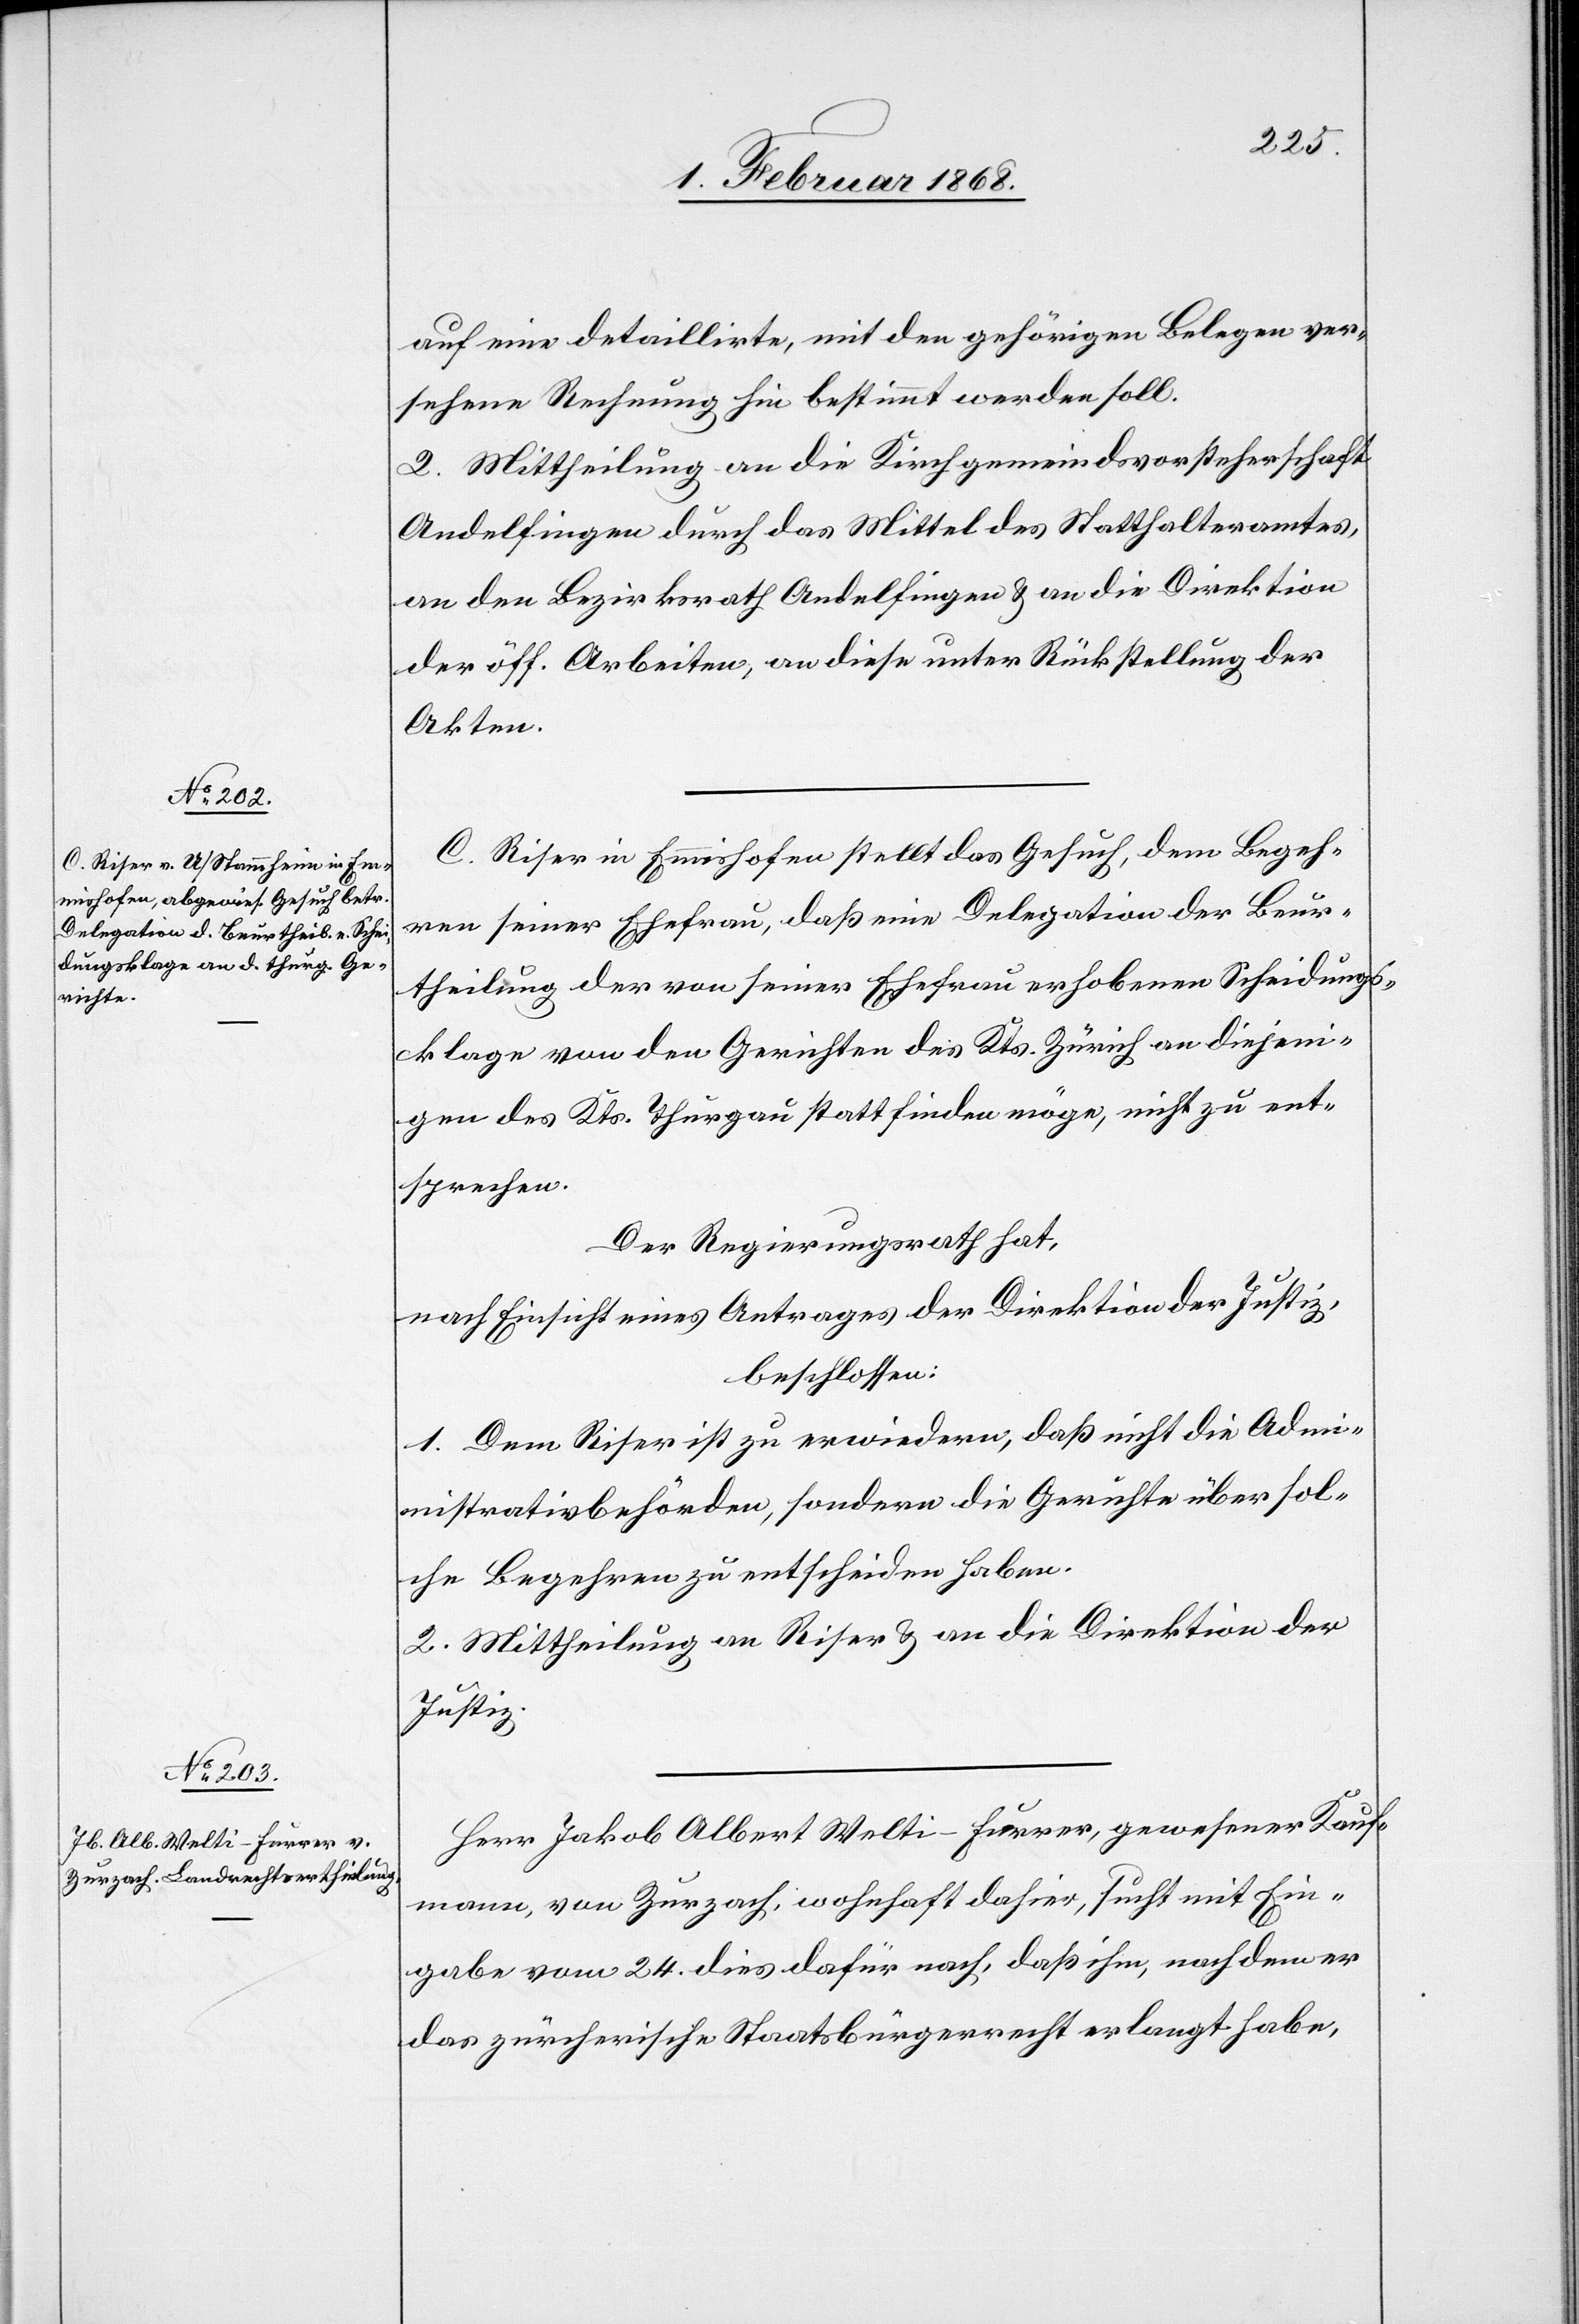
auf eine detaillirte, mit den gehörigen Belegen ver¬
sehene Rechnung hin bestimmt werden soll.
2. Mittheilung an die Kirchgemeindsvorsteherschaft
Andelfingen durch das Mittel des Statthalteramtes,
an den Bezirksrath Andelfingen & an die Direktion
der öff. Arbeiten, an diese unter Rückstellung der
Akten.
C. Riser in Emmishofen stellt das Gesuch, dem Begeh¬
ren seiner Ehefrau, daß eine Delegation der Beur¬
theilung der von seiner Ehefrau erhobenen Scheidungs¬
klage von den Gerichten des Kts. Zürich an diejeni¬
gen des Kts. Thurgau stattfinden möge, nicht zu ent¬
sprechen.
Der Regierungsrath hat,
nach Einsicht eines Antrages der Direktion der Justiz,
beschlossen:
1. Dem Riser ist zu erwiedern, daß nicht die Adm¬
inistrativbehörden, sondern die Gerichte über sol¬
che Begehren zu entscheiden haben.
2. Mittheilung an Riser & an die Direktion der
Justiz.
Herr Jakob Albert Welti-Furrer, gewesener Kauf¬
mann, von Zurzach, wohnhaft dahier, sucht mit Ein¬
gabe vom 24. dies dafür nach, daß ihm, nachdem er
das zürcherische Staatsbürgerrecht erlangt habe,